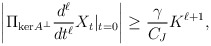
\begin{align*} \left|\Pi_{\mathrm{ker}A^\perp}\frac{d^\ell}{dt^\ell}X_t|_{t = 0}\right| \ge \frac{\gamma}{C_J}K^{\ell+1},\end{align*}